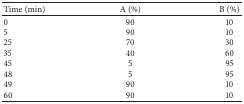
<table><thead><tr><td><b>Time (min)</b></td><td><b>A (%)</b></td><td><b>B (%)</b></td></tr></thead><tbody><tr><td>0</td><td>90</td><td>10</td></tr><tr><td>5</td><td>90</td><td>10</td></tr><tr><td>25</td><td>70</td><td>30</td></tr><tr><td>35</td><td>40</td><td>60</td></tr><tr><td>45</td><td>5</td><td>95</td></tr><tr><td>48</td><td>5</td><td>95</td></tr><tr><td>49</td><td>90</td><td>10</td></tr><tr><td>60</td><td>90</td><td>10</td></tr></tbody></table>